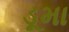
ડૂમા